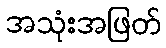
အသုံးအဖြတ်